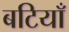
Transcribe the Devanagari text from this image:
बटियाँ